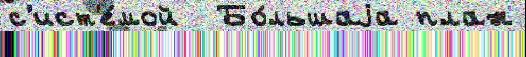
с'ист'е́мой  Бо́льшаjа план